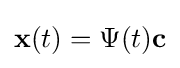
\mathbf {x} (t)=\Psi (t)\mathbf {c}